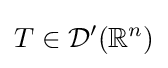
T\in {\mathcal {D}}'(\mathbb {R} ^{n})